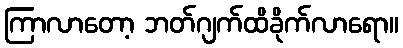
ကြာလာတော့ ဘတ်ဂျက်ထိခိုက်လာရော။